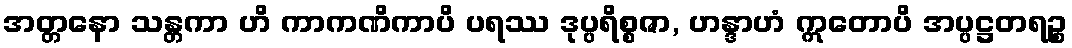
အတ္တနော သန္တကာ ဟိ ကာကဏိကာပိ ပရဿ ဒုပ္ပရိစ္စဇာ, ဟန္ဒာဟံ ဣတောပိ အပ္ပဋ္ဌတရဉ္စ